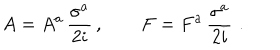
LaTeX: A = A ^ { a } \, \frac { \sigma ^ { a } } { 2 i } \, , \qquad F = F ^ { a } \, \frac { \sigma ^ { a } } { 2 i } \, \, .